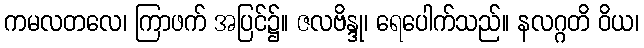
ကမလတလေ၊ ကြာဖက် အပြင်၌။ ဇလဗိန္ဒု၊ ရေပေါက်သည်။ နလဂ္ဂတိ ဝိယ၊